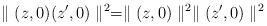
LaTeX: \begin{align*}\parallel (z,0)(z',0)\parallel^2=\parallel (z,0)\parallel^2\parallel(z',0)\parallel^2\end{align*}